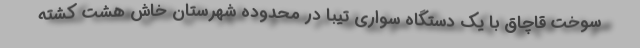
سوخت قاچاق با یک دستگاه سواری تیبا در محدوده شهرستان خاش هشت کشته